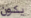
يكون